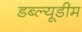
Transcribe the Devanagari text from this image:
डब्ल्यूडीम